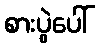
စားပွဲပေါ်